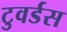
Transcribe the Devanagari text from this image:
टुवर्डस